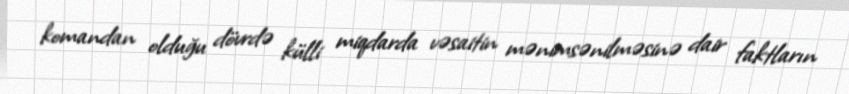
komandan olduğu dövrdə külli miqdarda vəsaitin mənimsənilməsinə dair faktların